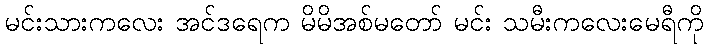
မင်းသားကလေး အင်ဒရေက မိမိအစ်မတော် မင်း သမီးကလေးမေရီကို